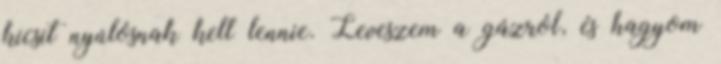
kicsit nyúlósnak kell lennie. Leveszem a gázról, és hagyom